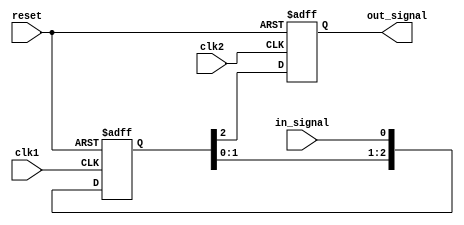
module ThreeFlopSynchronizer (
    input wire clk1,           // Clock for input signal
    input wire clk2,           // Clock for synchronization
    input wire reset,          // Reset signal
    input wire in_signal,      // Input signal to be synchronized
    output reg out_signal      // Synchronized output signal
);

reg [2:0] sync_signal;

always @(posedge clk1 or posedge reset) begin
    if (reset) begin
        sync_signal <= 3'b000;
    end else begin
        sync_signal <= {sync_signal[1:0], in_signal};
    end
end

always @(posedge clk2 or posedge reset) begin
    if (reset) begin
        out_signal <= 1'b0;
    end else begin
        out_signal <= sync_signal[2];
    end
end

endmodule